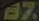
B7